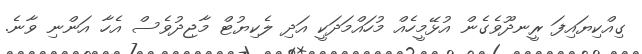
ގިއްކިޔައިފަ ރީނދޫވެގެން އުޅޭމީހެއް މުހައްމަދަކީ އަދި ލެކިޔުޓް މާޖިދުވެސް އެހާ އަންނި ވާނެ.